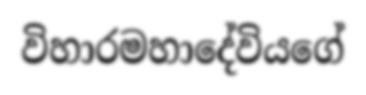
විහාරමහාදේවියගේ